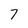
Character: 7